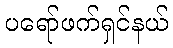
ပရော်ဖက်ရှင်နယ်